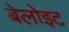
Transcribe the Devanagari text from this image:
बेलोइट